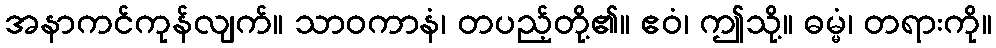
အနာကင်ကုန်လျက်။ သာဝကာနံ၊ တပည့်တို့၏။ ဧဝံ၊ ဤသို့။ ဓမ္မံ၊ တရားကို။